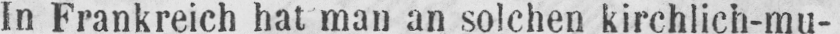
ln Frankreich hat man an solchen kirchlich-mu-